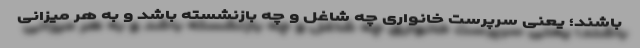
باشند؛ یعنی سرپرست خانواری چه شاغل و چه بازنشسته باشد و به هر میزانی